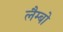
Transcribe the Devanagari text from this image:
लैम्बो